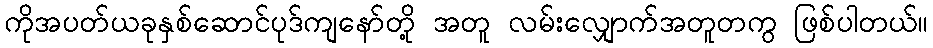
ကိုအပတ်ယခုနှစ်ဆောင်ပုဒ်ကျနော်တို့ အတူ လမ်းလျှောက်အတူတကွ ဖြစ်ပါတယ်။